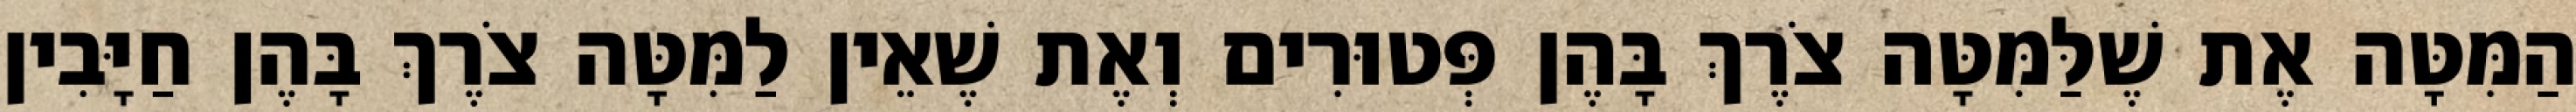
הַמִּטָּה אֶת שֶׁלַּמִּטָּה צֹרֶךְ בָּהֶן פְּטוּרִים וְאֶת שֶׁאֵין לַמִּטָּה צֹרֶךְ בָּהֶן חַיָּבִין